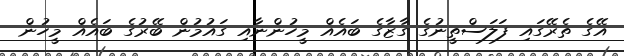
އޭގެ ތެރޭގައި ފަލަސްތީނުގެ ގާޒާގެ ބައެއް މީހުންނާއި ގައުމުން ބޭރުގެ ބައެއް މީހުން